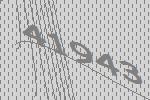
41943